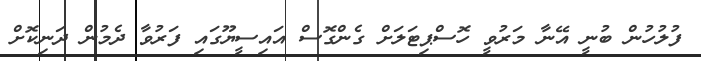
ފުލުހުން ބުނީ އޭނާ މަރުވީ ހޮސްޕިޓަލަށް ގެންގޮސް އައިސީޔޫގައި ފަރުވާ ދެމުން ދަނިކޮށް